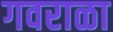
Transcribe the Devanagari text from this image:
गवराळा